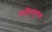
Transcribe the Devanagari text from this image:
साहित्यपुष्पचा